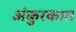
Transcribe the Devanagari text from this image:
अंकुरकात